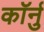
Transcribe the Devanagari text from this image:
कॉर्नु